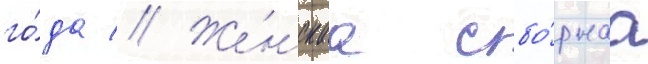
го́да // Же́нскаа сбо́рнаа